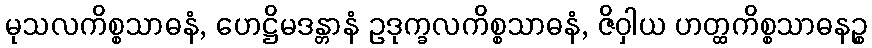
မုသလကိစ္စသာဓနံ, ဟေဋ္ဌိမဒန္တာနံ ဥဒုက္ခလကိစ္စသာဓနံ, ဇိဝှါယ ဟတ္ထကိစ္စသာဓနဉ္စ